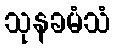
သုနခမံသံ